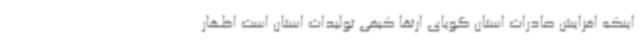
اینکه افزایش صادرات استان گویای ارتقا کیفی تولیدات استان است اظهار